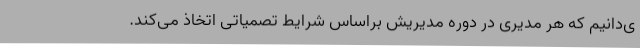
ی‌دانیم که هر مدیری در دوره مدیریش براساس شرایط تصمیاتی اتخاذ می‌کند.